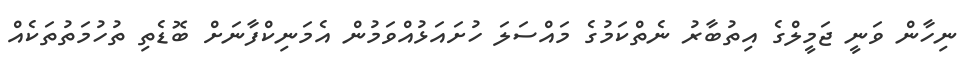
ނިހާން ވަނީ ޖަމީލްގެ އިތުބާރު ނެތްކަމުގެ މައްސަލަ ހުށައަޅުއްވަމުން އެމަނިކްފާނަށް ބޮޑެތި ތުހުމަތުތަކެއް